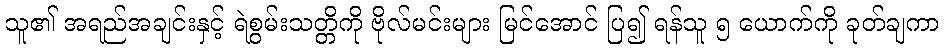
သူ၏ အရည်အချင်းနှင့် ရဲစွမ်းသတ္တိကို ဗိုလ်မင်းများ မြင်အောင် ပြ၍ ရန်သူ ၅ ယောက်ကို ခုတ်ချကာ